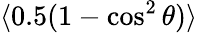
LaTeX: \langle 0.5(1-\cos^{2}\theta)\rangle